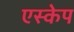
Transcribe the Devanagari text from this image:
एस्‍केप